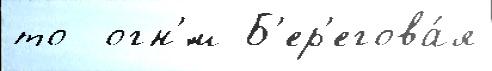
то  огн'́м Б'ер'егова́я